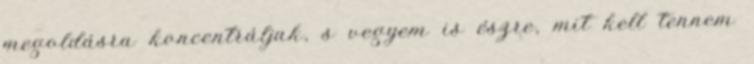
megoldásra koncentráljak, s vegyem is észre, mit kell tennem